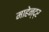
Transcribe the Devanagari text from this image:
माहेन्द्र